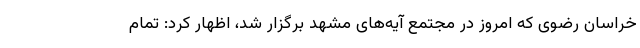
خراسان رضوی که امروز در مجتمع آیه‌های مشهد برگزار شد، اظهار کرد: تمام